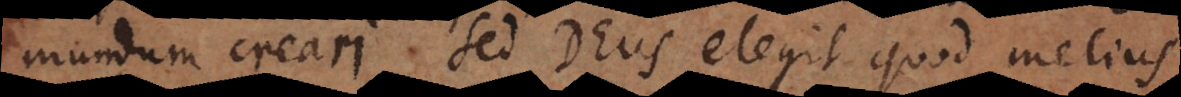
mundum creari sed Deus elegit quod melius